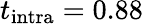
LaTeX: t_{\textrm{intra}}=0.88